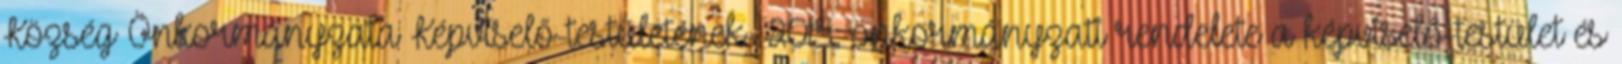
Község Önkormányzata Képviselő-testületének 2015. önkormányzati rendelete a képviselő-testület és